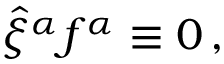
\hat { \xi } ^ { \alpha } f ^ { \alpha } \equiv 0 \, ,